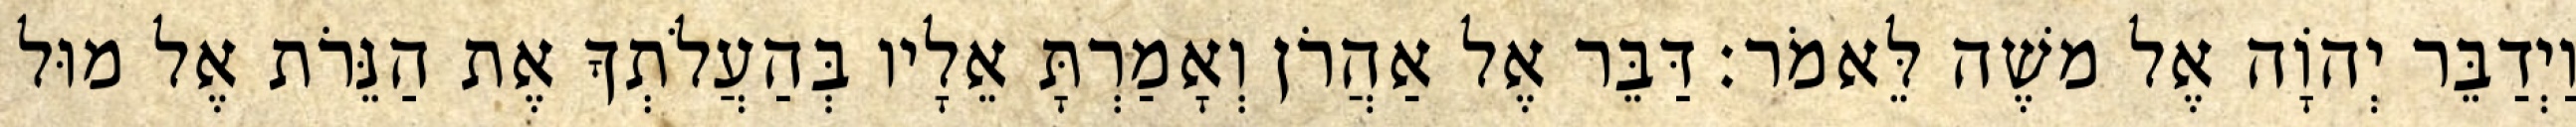
וַיְדַבֵּר יְהוָֹה אֶל משֶׁה לֵּאמֹר׃ דַּבֵּר אֶל אַהֲרֹן וְאָמַרְתָּ אֵלָיו בְּהַעֲלֹתְךָ אֶת הַנֵּרֹת אֶל מוּל